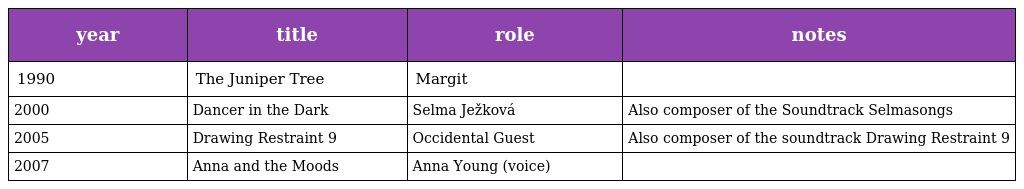
| year | title | role | notes |
 | --- | --- | --- | --- |
 | 1990 | The Juniper Tree | Margit |  |
 | 2000 | Dancer in the Dark | Selma Ježková | Also composer of the Soundtrack Selmasongs |
 | 2005 | Drawing Restraint 9 | Occidental Guest | Also composer of the soundtrack Drawing Restraint 9 |
 | 2007 | Anna and the Moods | Anna Young (voice) |  |